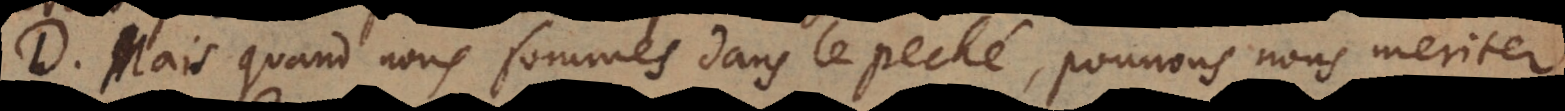
D. Mais quand nous sommes dans le peché, pouvons nous meriter